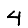
Digit: 4